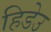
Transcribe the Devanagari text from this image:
हिडेउ